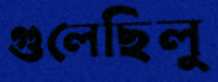
গুলেছিলু